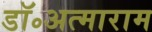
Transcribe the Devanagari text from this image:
डॉ॰अत्माराम